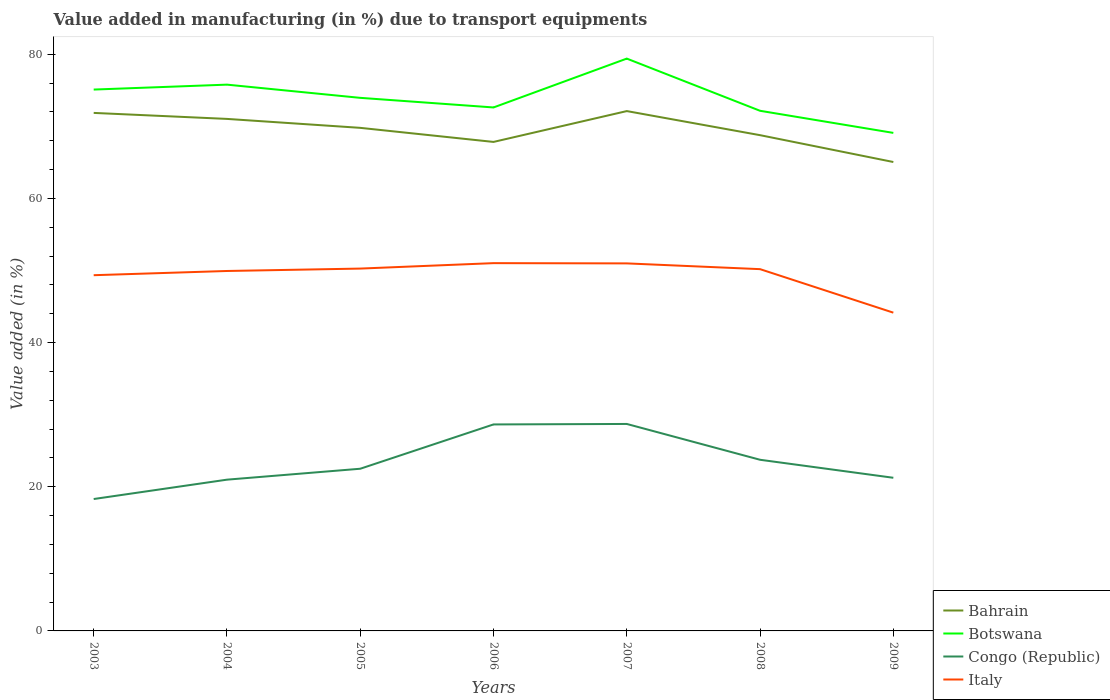
| Years | Bahrain | Botswana | Congo (Republic) | Italy |
 | --- | --- | --- | --- | --- |
 | 2003 | 71.9 | 75.1 | 18.3 | 49.3 |
 | 2004 | 71 | 75.8 | 21 | 49.9 |
 | 2005 | 69.8 | 73.9 | 22.5 | 50.3 |
 | 2006 | 67.8 | 72.6 | 28.6 | 51 |
 | 2007 | 72.1 | 79.4 | 28.7 | 51 |
 | 2008 | 68.8 | 72.2 | 23.7 | 50.2 |
 | 2009 | 65 | 69.1 | 21.2 | 44.2 |